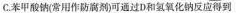
C.苯甲酸钠(常用作防腐剂)可通过D和氢氧化钠反应得到